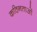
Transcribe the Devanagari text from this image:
कठिनताओं